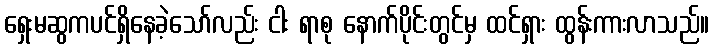
ရှေးမဆွကပင်ရှိနေခဲ့သော်လည်း ငါး ရာစု နောက်ပိုင်းတွင်မှ ထင်ရှား ထွန်းကားလာသည်။